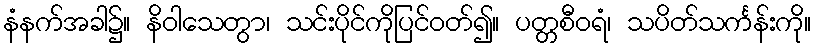
နံနက်အခါ၌။ နိဝါသေတွာ၊ သင်းပိုင်ကိုပြင်ဝတ်၍။ ပတ္တစီဝရံ၊ သပိတ်သင်္ကန်းကို။